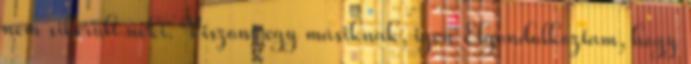
nem sikerült neki. Viszont egy másiknak, igen Elgondolkoztam, hogy